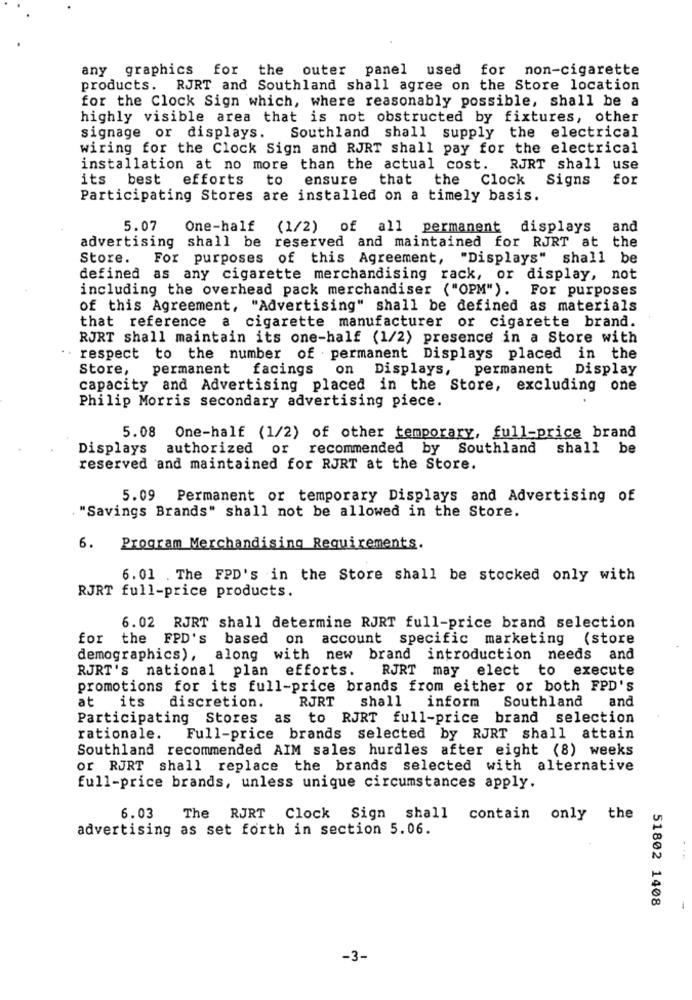
any graphics for the outer panel used for non-cigarette
products. RJRT and Southland shall agree on the Store location
for the Clock Sign which, where reasonably possible, shall be a
highly visible area that is not obstructed by fixtures, other
signage or displays.
Southland shall supply the electrical
wiring for the Clock Sign and RJRT shall pay for the electrical
installation at no more than the actual cost. RJRT shall use
its
best efforts to ensure
that
the Clock Signs
for
Participating Stores are installed on a timely basis.
5.07
One-half
(1/2) of all permanent displays and
advertising shall be reserved and maintained for RJRT at the
Store. For purposes of this Agreement, "Displays" shall be
defined as any cigarette merchandising rack, or display, not
including the overhead pack merchandiser ("OPM"). For purposes
of this Agreement, "Advertising" shall be defined as materials
that reference a cigarette manufacturer or cigarette brand.
RJRT shall maintain its one-half (1/2) presence in a Store with
respect to the number of permanent Displays placed in the
Store, permanent facings on Displays, permanent Display
capacity and Advertising placed in the Store, excluding one
Philip Morris secondary advertising piece.
5.08 One-half (1/2) of other temporary, full-price brand
Displays
authorized or recommended by Southland shall be
reserved and maintained for RJRT at the Store.
5.09 Permanent or temporary Displays and Advertising of
. "Savings Brands" shall not be allowed in the Store.
6.
Program Merchandising Requirements.
6. 01 . The FPD's in the Store shall be stocked only with
RJRT full-price products.
6.02 RJRT shall determine RJRT full-price brand selection
for the FPD's based on account specific marketing (store
demographics), along with new brand introduction needs and
RJRT's national plan efforts.
RJRT may elect to execute
promotions for its full-price brands from either or both FPD'S
at
its
RJRT
Southland
and
discretion.
shall inform
Participating Stores as to RJRT full-price brand selection
rationale.
Full-price brands selected by RJRT shall attain
Southland recommended AIM sales hurdles after eight (8) weeks
or RJRT shall replace the brands selected with alternative
full-price brands, unless unique circumstances apply.
6.03
The RJRT Clock Sign shall contain only the
advertising as set forth in section 5.06.
51802 1408
-
-3-